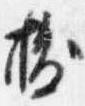
抜